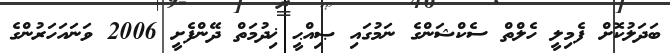
ބަދަލުކޮށް ފެމިލީ ހެލްތް ސެކްޝަންގެ ނަމުގައި ޞިއްޙީ ޚިދުމަތް ދޭންފެށީ 2006 ވަނައަހަރުންގެ